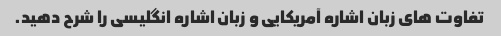
تفاوت های زبان اشاره آمریکایی و زبان اشاره انگلیسی را شرح دهید.